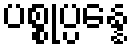
ပစ္စုပ္ပန္နေ